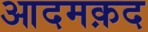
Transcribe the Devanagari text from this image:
आदमक़द